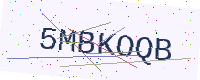
Text: 5MBKOQB